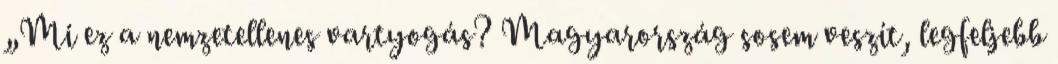
„Mi ez a nemzetellenes vartyogás? Magyarország sosem veszít, legfeljebb